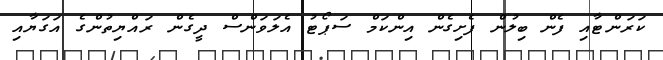
ކަރަންޓާއި ފެން ބިލުން ފެށިގެން އިންކަމް ސަޕޯޓު އެލަވަންސް ދީގެން ރައްޔިތުންގެ އަގަޔާއި